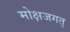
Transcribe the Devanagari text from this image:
मोक्षजगत्